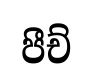
පීච්